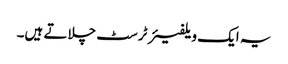
یہ ایک ویلفیئر ٹرسٹ چلاتے ہیں۔